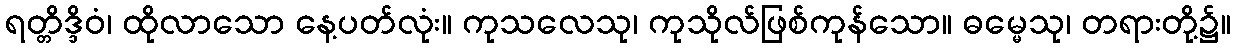
ရတ္တိဒ္ဒိဝံ၊ ထိုလာသော နေ့ပတ်လုံး။ ကုသလေသု၊ ကုသိုလ်ဖြစ်ကုန်သော။ ဓမ္မေသု၊ တရားတို့၌။